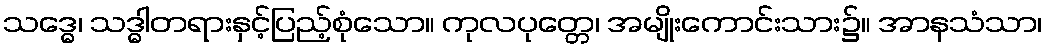
သဒ္ဓေ၊ သဒ္ဓါတရားနှင့်ပြည့်စုံသော။ ကုလပုတ္တေ၊ အမျိုးကောင်းသား၌။ အာနသံသာ၊